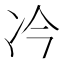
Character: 𪞘